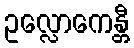
ဥလ္လောကေန္တီ